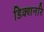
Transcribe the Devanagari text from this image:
डिक्शनरि